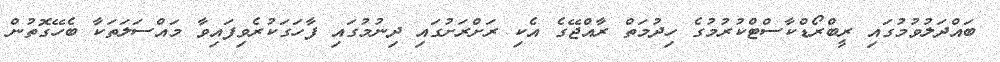
ބައްދަލުވުމުގައި ރީބްރޯޑްކާސްޓްކުރުމުގެ ހިދުމަތް ރާއްޖޭގެ އެކި ރަށްރަށުގައި ދިނުމުގައި ފާހަގަކުރެވިފައިވާ މައްސަލަތަކާ ބެހޭގޮތުން